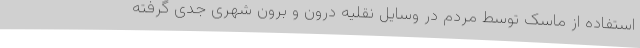
استفاده از ماسک توسط مردم در وسایل نقلیه درون و برون شهری جدی گرفته